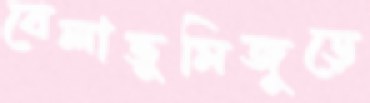
বেলাভূমিজুড়ে